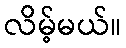
လိမ့်မယ်။